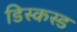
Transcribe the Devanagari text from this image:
डिस्कस्ड